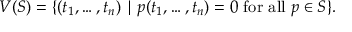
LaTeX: V ( S ) = \{ ( t _ { 1 } , \dots , t _ { n } ) \mid p ( t _ { 1 } , \dots , t _ { n } ) = 0 { \mathrm { ~ f o r ~ a l l ~ } } p \in S \} .